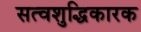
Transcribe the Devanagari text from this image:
सत्वशुद्धिकारक